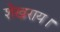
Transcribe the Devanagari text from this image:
शेखराय।